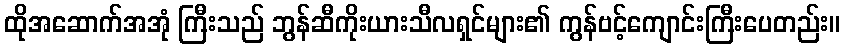
ထိုအဆောက်အအုံ ကြီးသည် ဘွန်ဆီကိုးယားသီလရှင်များ၏ ကွန်ဗင့်ကျောင်းကြီးပေတည်း။